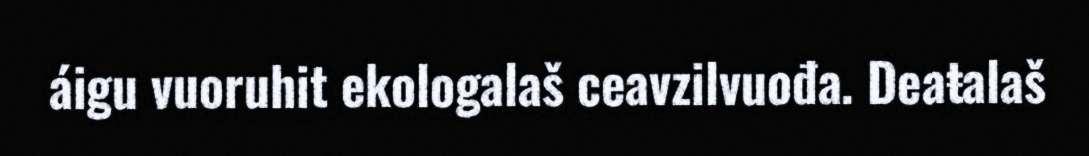
áigu vuoruhit ekologalaš ceavzilvuođa. Deaŧalaš